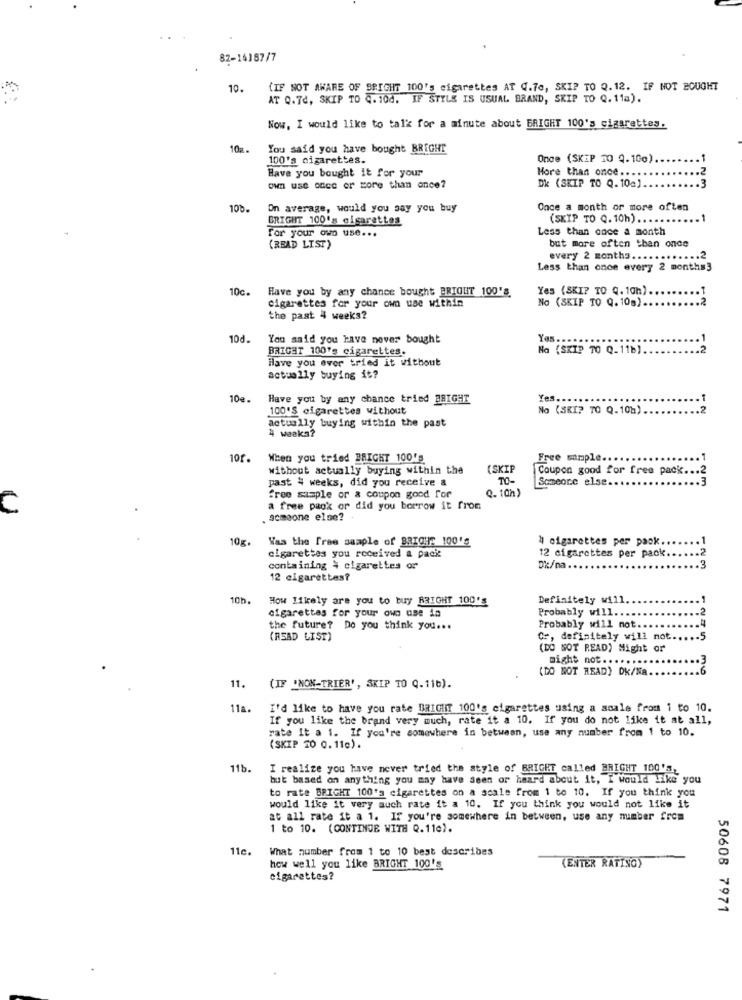
82-14187/7
10.
{IF NOT AWARE OF SRIGHT 100's cigarettes AT (.70, SKIP TO Q.12. IF NOT BOUGHT
AT Q.74, SKIP TO Q. 100. IF STYLE IS USUAL BRAND, SKIP TO Q. 11a).
Now, I would like to talk for a minute about BRIGHT 100's cigarettes.
10a.
You said you have bought BRIGHT
100's cigarettes.
Onge (SKIP TO Q.100).
Have you bought it for your
Hore than once ....
Dk (SKIP TO Q. 10a).
own use OGee or More than once?
100.
On average, would you say you buy
Once a month or more often
BRIGHT 100's cigarettes
(SKIP TO Q. 10h) ....
For your owo use ...
Less than once a month
(READ LIST)
but more often than once
every 2 months ...
... 2
Less than once every 2 months3
10c.
Have you by any chance bought BRIGHT 100's
Yes (SKI? TO Q. 10h).
cigarettes for your own use within
No (SKIP TO Q. 10g).
the past 4 weeks?
10d
You said you have never bought
Yas ...
BRIGHT 100's cigarettes.
No (SKIP 70 Q_ 11b) ..
.2
Have you ever tried it without
actually buying it?
104.
Have you by any chance tried BRIGHT
Yes ...
100'S cigarettes without
No (SKI? TO Q. 10%)
actually buying within the past
4 weeks?
101.
When you tried BRIGHT 100's
Free sample ..
without actually buying within the
(SKIP
Coupon good for free pack ... 2
past 4 weeks, did you receive &
TO-
Someone else ..
free sample or & coupon good for
Q. 10h)
a free paok or did you borrow it from
. achoone else? -
10g.
Was the Free sample of BRICHE 100'g
4 cigarettes per paok ..
cigarettes you received a pack
12 cigarettes per pack.
containing \ cigarettes or
Ok/na.
12 cigarettes?
10h.
How likely are you to buy BRIGHT 100'S
Definitely will.
cigarettes for your own use in
Probably will ..
the future? Do you think you ...
Probably will not
(READ LIST)
Cr, definitely will not
(DO NOT READ) Might or
might not ...
(DO NOT READ) DK/Na.
11. (IF "NON-TRIER', SKIP TO Q. 110).
11a.
I'd like to have you rate BRIGHT 100's cigarettes using a scale from 1 to 10.
If you like the brand very much, rate it a 10. If you do not like it at all,
rate It a 1. If you're somewhere in between, use any number from 1 to 10.
(SKIP 20 0.110).
11b.
I realize you have never tried the style of BRIGHT called BRIGHT 100'S,
but based on anything you may have seen or heard about it, I would like you
to rate BRIGHT 100's cigarettes on a scale from 1 to 10. If you think you
would like it very much rate it a 10. If you think you would not like it
at all rate it a 1. If you're somewhere in between, use any number frem
1 to 10. (CONTINUE WITH Q.110).
11c.
What number from 1 to 10 best describes
how well you like BRIGHT 100'S
(ENTER RATING)
cigarettes?
50608 7971